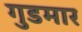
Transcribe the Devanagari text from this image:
गुडमार